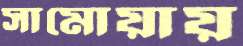
সামোয়ায়